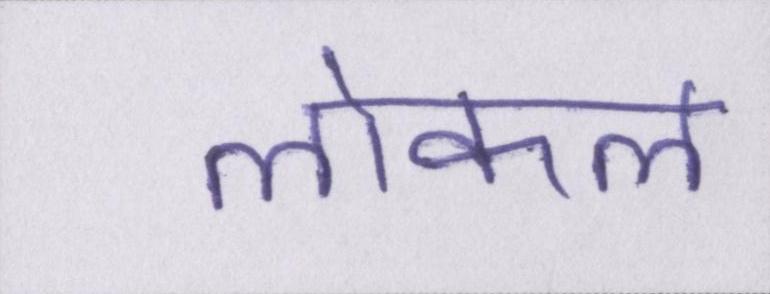
लोकल